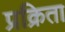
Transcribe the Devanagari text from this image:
प्रक्रिता